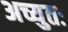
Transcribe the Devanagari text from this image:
अच्युतः